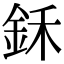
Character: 鉌